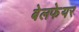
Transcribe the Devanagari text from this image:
बेलफेयर